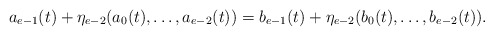
\begin{align*} a_{e-1}(t)+\eta_{e-2}(a_0(t), \ldots, a_{e-2}(t))=b_{e-1}(t)+\eta_{e-2}(b_0(t), \ldots, b_{e-2}(t)).\end{align*}